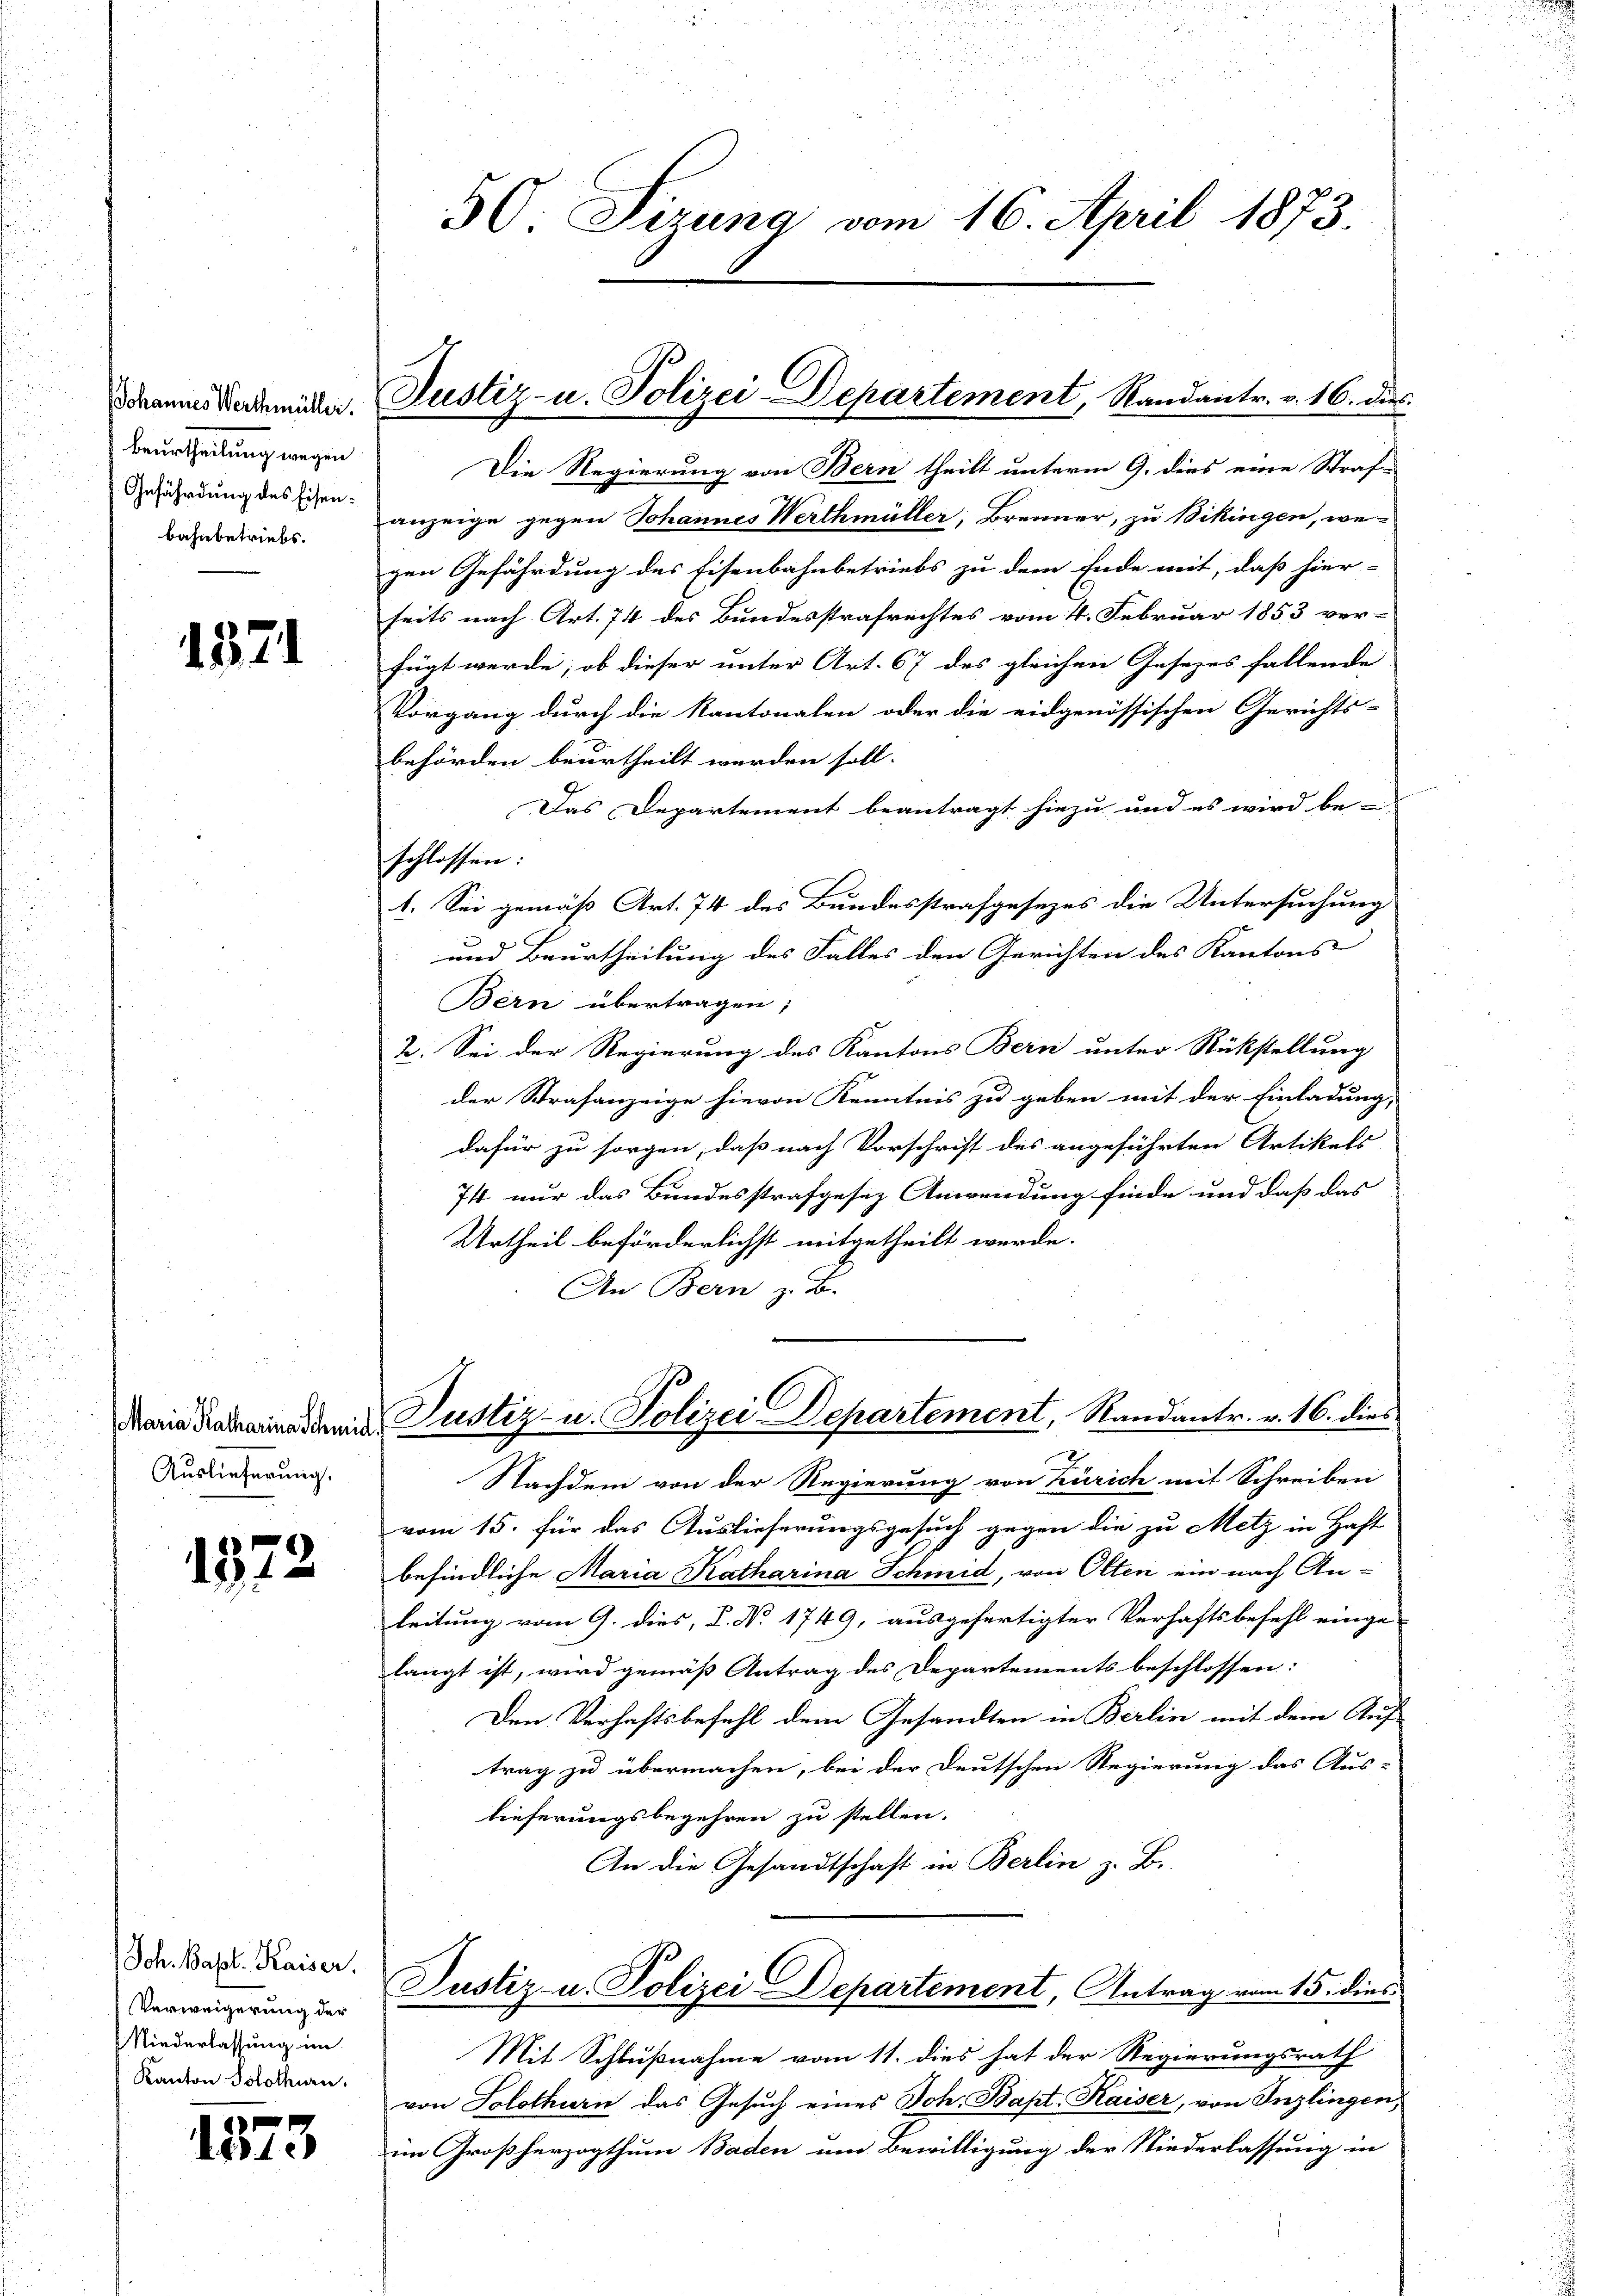
Johannes Werthmüller.
Beurtheilung wegen
Gefährdung des Eisenbahnbetriebs.

1371

Maria Katharina Schmie
Auslieferung.

1572

Jch. Basl. Kaiser.
Verweigerung der
Niederlassung im
Kanton Solothurn,

1573

50. Sizung vom 16. April 1873.

Die Regierung von Bern theilt unterm 9. dies eine Straf-
anzeige gegen Johannes Werthmüller, Brenner, zu Bikingen, wegen Gefährdung des Eisenbahnbetriebs zu dem Ende mit, daß hier-
seits nach Art. 74 des Bundesstrafrechtes vom 4. Februar 1853 ver-
fügt werde; ob dieser unter Art. 67 des gleichen Gesezes fallende
Vorgang durch die Kantonalen oder die eidgenössischen Gerichts-
behörden beurtheilt werden soll.
Das Departement beantragt hiezu und es wird be-
sschlossen.
1. Sei gemäß Art. 74 des Bundesstrafgesezes die Untersuchung
und Beurtheilung des Falles den Gerichten des Kantons
Bern übertragen,
2. Sei der Regierung des Kantons Bern unter Rückstellung
der Strafanzeige hievon Kenntnis zu geben mit der Einladung,
dafür zu sorgen, daß nach Vorschrift des angeführten Artikels
7 nur das Bundesstrafgesez Anwendung finde und dass das |
Urtheil beförderlichst mitgetheilt werde.
An Bern z. B.
Justiz- u. Polizei Departement, Randantr. v. 16. dies
Nachdem von der Regierung von Zürich mit Schreiben
vom 15. für das Auslieferungsgesuch gegen die zu Metz in Haft
befindliche Maria Katharina Schmid, von Olten ein nach Anleitung vom 9. dies, P. Nr. 1749, ausgefertigter Verhaftsbefehl einge-
langt ist, wird gemäß Antrag des Departements beschlossen:
Den Verhaftsbefehl dem Gesandten in Berlin mit dem Auf-
trag zu übermachen, bei der Deutschen Regierung das Aus-
lieferungsbegehren zu stellen.
An die Gesandtschaft in Berlin z. B.
Justiz u. Polizei Departement, Antrag vom 15. dies
Mit Schlußnahme vom 11. dies hat der Regierungsrath
von Solothurn das Gesuch eines Joh. Bapt. Kaiser, von Inzlingen,
im Großherzogthum Baden um Bewilligung der Niederlassung in

Justiz- u. Polizei-Departement, Randantr. v. 16. dies